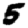
Digit: 5